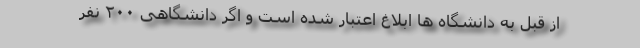
از قبل به دانشگاه ها ابلاغ اعتبار شده است و اگر دانشگاهی ۲۰۰ نفر